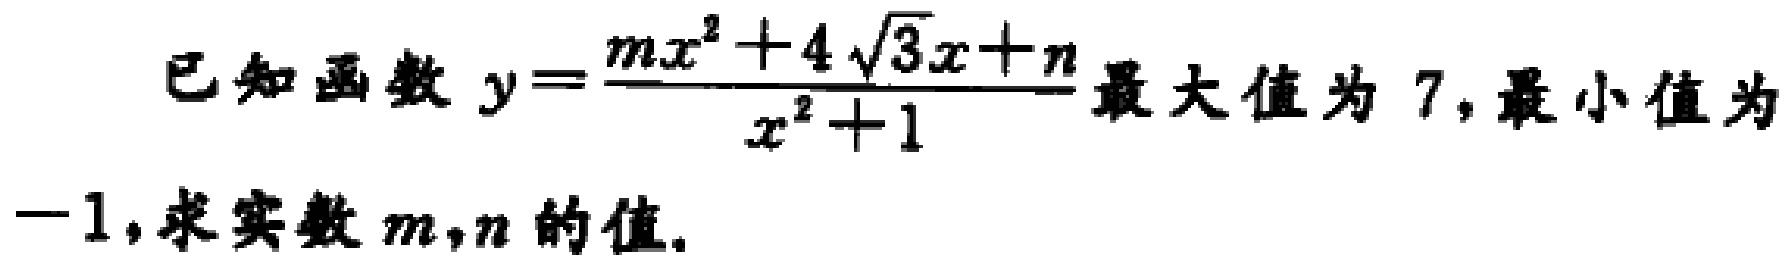
已知函数$y = \frac{mx^{2}+4\sqrt{3}x + n}{x^{2}+1}$最大值为$7$,最小值为$-1$,求实数$m,n$的值.